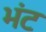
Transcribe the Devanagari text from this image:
भंट